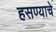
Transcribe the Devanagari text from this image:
हसण्याचे